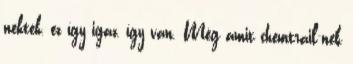
nektek, ez így igaz, így van. Még amit chemtrail-nek